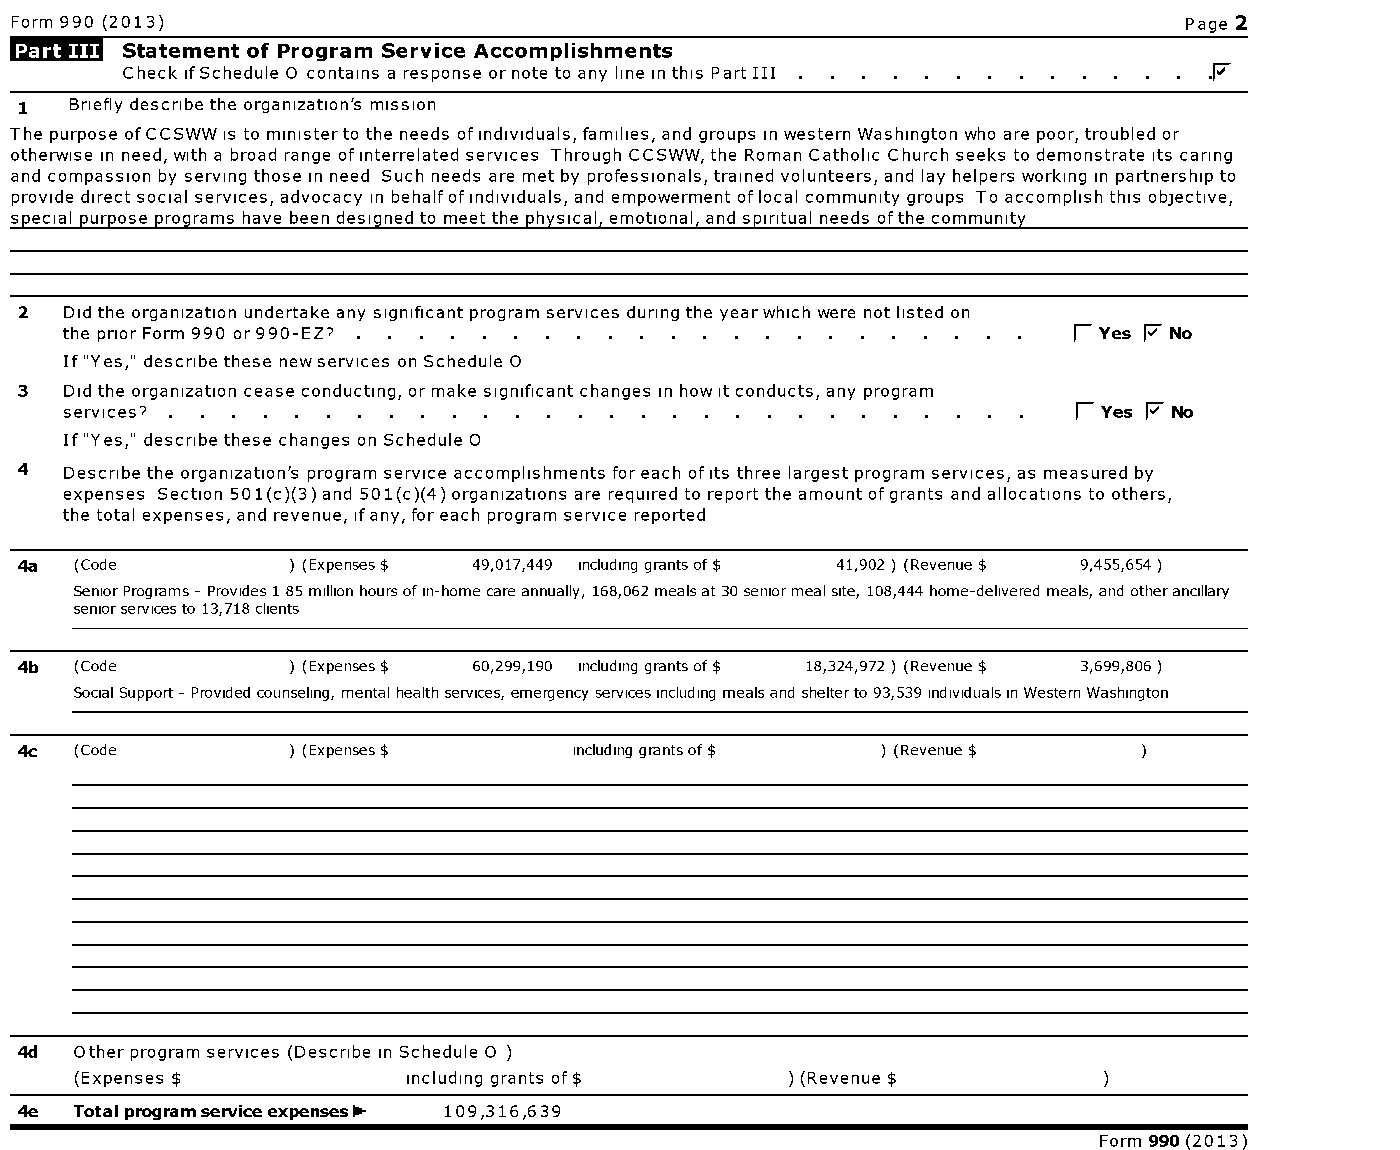
Form 990 (2013)                                                               Page 2
 Statement of Program Service Accomplishments
 Check ifSchedule 0 contains a response or note to any line in this Part III .F
 1   Briefly describe the organization's mission
 The purpose ofCCSWW is to minister to the needs of individuals, families, and groups in western Washington who are poor, troubled or
 otherwise in need, with a broad range of interrelated services Through CCSWW, the Roman Catholic Church seeks to demonstrate its caring
 and compassion by serving those in need Such needs are met by professionals, trained volunteers, and lay helpers working in partnership to
 provide direct social services, advocacy in behalf of individuals, and empowerment of local community groups To accomplish this objective,
 special purpose programs have been designed to meet the physical, emotional, and spiritual needs ofthe community
 2  Did the organization undertake any significant program services during the yearwhich were not listed on
 the prior Form 990 or 990-EZ? . . . . . . . . . . . . . . . . . . . . . . fl Yes F No
 If "Yes," describe these new services on Schedule 0
 3  Did the organization cease conducting, or make significant changes in how it conducts, any program
 services? . . . . . . . . . . . . . . . . . . . . . . . . . . . .  F Yes F No
 If "Yes," describe these changes on Schedule 0
 4  Describe the organization's program service accomplishments for each of its three largest program services, as measured by
 expenses Section 501(c)(3) and 501(c)(4) organizations are required to report the amount ofgrants and allocations to others,
 the total expenses, and revenue, ifany, for each program service reported
 4a  (Code         ) (Expenses $ 49,017,449 including grants of $ 41,902 ) (Revenue $ 9,455,654
 Senior Programs - Provides 1 85 million hours of in-home care annually, 168,062 mealsat 30 seniormeal site, 108,444 home-delivered meals, and otherancillary
 seniorservices to 13,718 clients
 4b  (Code         ) (Expenses $ 60,299,190 including grants of $ 18,324,972 ) (Revenue $ 3,699,806
 Social Support - Provided counseling, mental health services, emergency services including meals and shelterto 93,539 individuals in Western Washington
 4c  (Code         ) (Expenses $      including grants of $ ) (Revenue $
 4d  Other program services (Describe in Schedule 0
 (Expenses $           including grants of$     ) (Revenue $
 4e  Total programservice expenses1- 109,316,639
 Form 990 (2013)